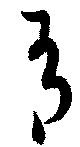
有